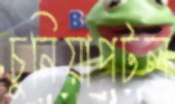
চুনিয়াপটল